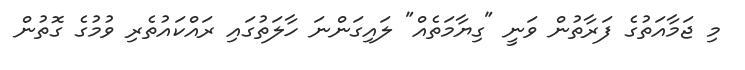
މި ޖަމާއަތުގެ ފަރާތުން ވަނީ "ގިޔާމަތެއް" ލައިގަންނަ ހާލަތުގައި ރައްކައުތެރި ވުމުގެ ގޮތުން